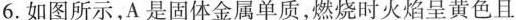
6.如图所示，A是固体金属单质，燃烧时火焰呈黄色且